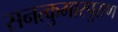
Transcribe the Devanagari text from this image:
सनत्कुमारपुराण